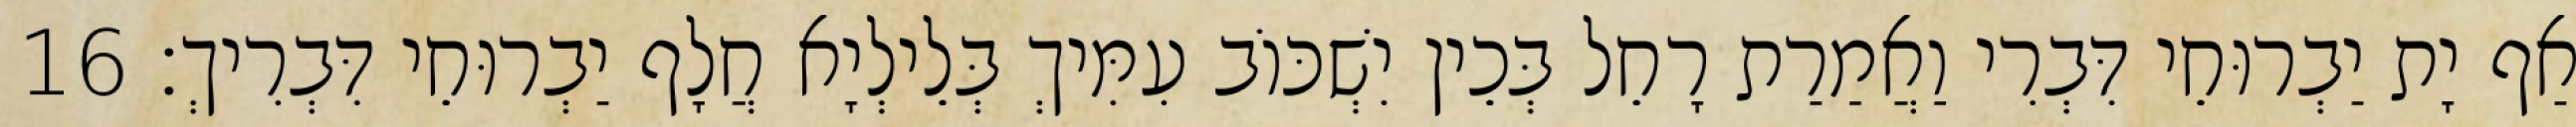
אַף יָת יַבְרוּחֵי דִּבְרִי וַאֲמַרַת רָחֵל בְּכֵין יִשְׁכּוֹב עִמִּיךְ בְּלֵילְיָא חֲלָף יַבְרוּחֵי דִּבְרִיךְ׃ 16